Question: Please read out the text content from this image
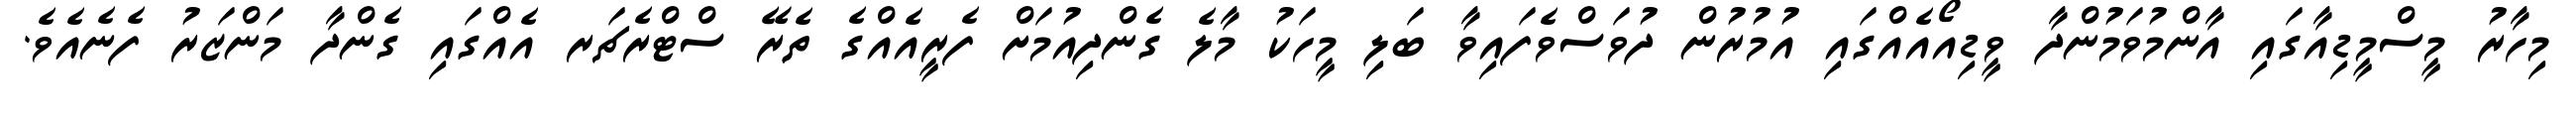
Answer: މިހާރު މީސްމީޑިއާގައި އާންމުވަމުންދާ ވީޑިއޯއެއްގައި އުމުރުން ދުވަސްވެފައިވާ ބަލި މީހަކު މާލެ ގެންދިއުމަށް ފެރީއެއްގެ ތެރޭ ސްޓްރެޗަރ އެއްގައި ގެންދާ މަންޒަރު ފެނެއެވެ.